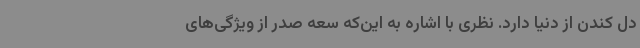
دل کندن از دنیا دارد. نظری با اشاره به این‌که سعه صدر از ویژگی‌های